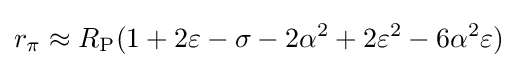
r_{\pi }\approx R_{\textrm {P}}(1+2\varepsilon -\sigma -2\alpha ^{2}+2\varepsilon ^{2}-6\alpha ^{2}\varepsilon )